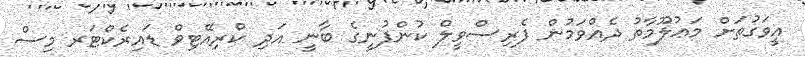
އީވަގުތަށް މަޢުލޫމާތު ދެއްވަމުން ފެރިސްވީލް ކުންފުނީގެ ބާނީ އަދި ކްރިއޭޓިވް ޑައިރެކްޓަރ މިސް